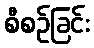
စီစဉ်ခြင်း